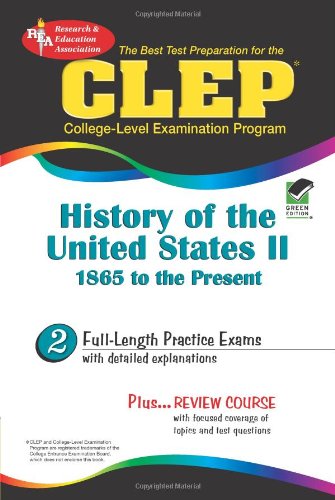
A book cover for CLEP History of the United States II, 1865 to the present (REA) - The Best Test Prep for the CLEP (Test Preps); Lynn Marlowe Ph.D.; Test Preparation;